Annual administration report of the Civil Veterinary Department, Ajmere-Merwara, British Rajputana - 1914-1940
Year: 1914
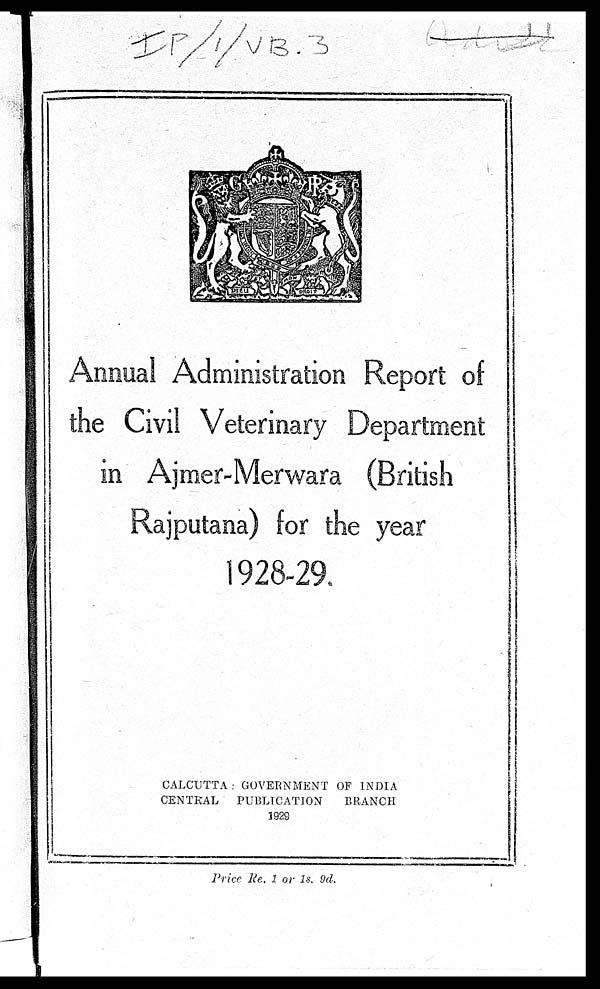
Annual Administration Report of
the Civil Veterinary Department
in Ajmer-Merwara (British
Rajputana) for the year
1928-29.
CALCUTTA : GOVERNMENT OF INDIA
CENTRAL
PUBLICATION
BRANCH
1929
Price Re. 1 or 1s. 9d.